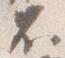
不